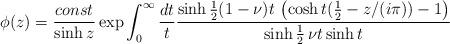
\begin{align*}\phi (z)=\frac{const}{\sinh z}\exp \int_{0}^{\infty }\frac{dt}{t}\frac{\sinh \frac{1}{2}(1-\nu )t\,\left( \cosh t(\frac{1}{2}-z/(i\pi ))-1\right) }{\sinh \frac{1}{2}\,\nu t\sinh t}\end{align*}